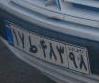
۱۷ط۴۸۳۹۸